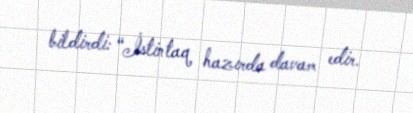
bildirdi: “İstintaq hazırda davam edir.